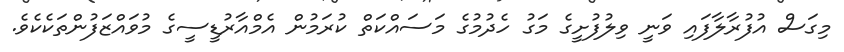
މިގަސް އުފުރާލާފައި ވަނީ ވިލުފުށީގެ މަގު ހެދުމުގެ މަސައްކަތް ކުރަމުން އެމްއާރުޑީސީގެ މުވައްޒަފުންތަކެކެވެ.